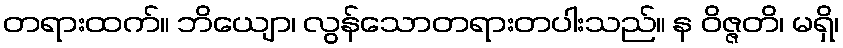
တရားထက်။ ဘိယျော၊ လွန်သောတရားတပါးသည်။ န ဝိဇ္ဇတိ၊ မရှိ၊